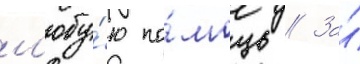
л'юбу́ю по́мощь // За́